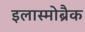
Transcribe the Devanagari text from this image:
इलास्मोब्रैक